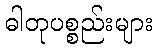
ဓါတုပစ္စည်းများ